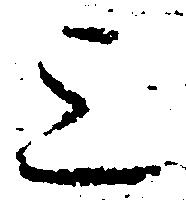
上